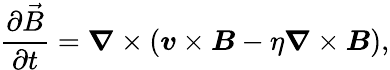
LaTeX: \frac{\partial\vec{B}}{\partial t}=\boldsymbol{\nabla}\times(\boldsymbol{v}\times\boldsymbol{B}-\eta\boldsymbol{\nabla}\times\boldsymbol{B}),